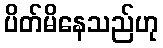
ပိတ်မိနေသည်ဟု